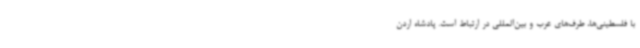
با فلسطینی‌ها، طرف‌های عرب و بین‌المللی در ارتباط است. پادشاه اردن